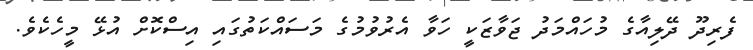
ފެރިދޫ ދޭލިއާގެ މުހައްމަދު ޖަވާޒަކީ ހަވާ އެރުވުމުގެ މަސައްކަތުގައި އިސްކޮށް އުޅޭ މީހެކެވެ.